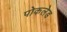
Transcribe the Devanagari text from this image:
पोकलेड